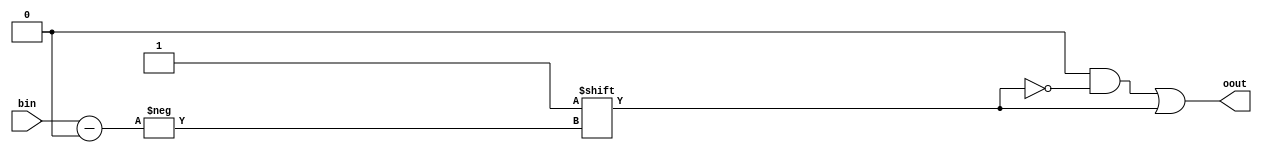
module bto(bin, oout);
parameter size = 4;
input [size-1:0] bin;
output reg [size-1:0] oout;

always @(*) 
begin
	oout = {size{1'b0}};
	oout[bin] = 1'b1;
end
endmodule